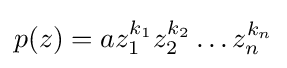
p(z)=az_{1}^{k_{1}}z_{2}^{k_{2}}\dots z_{n}^{k_{n}}